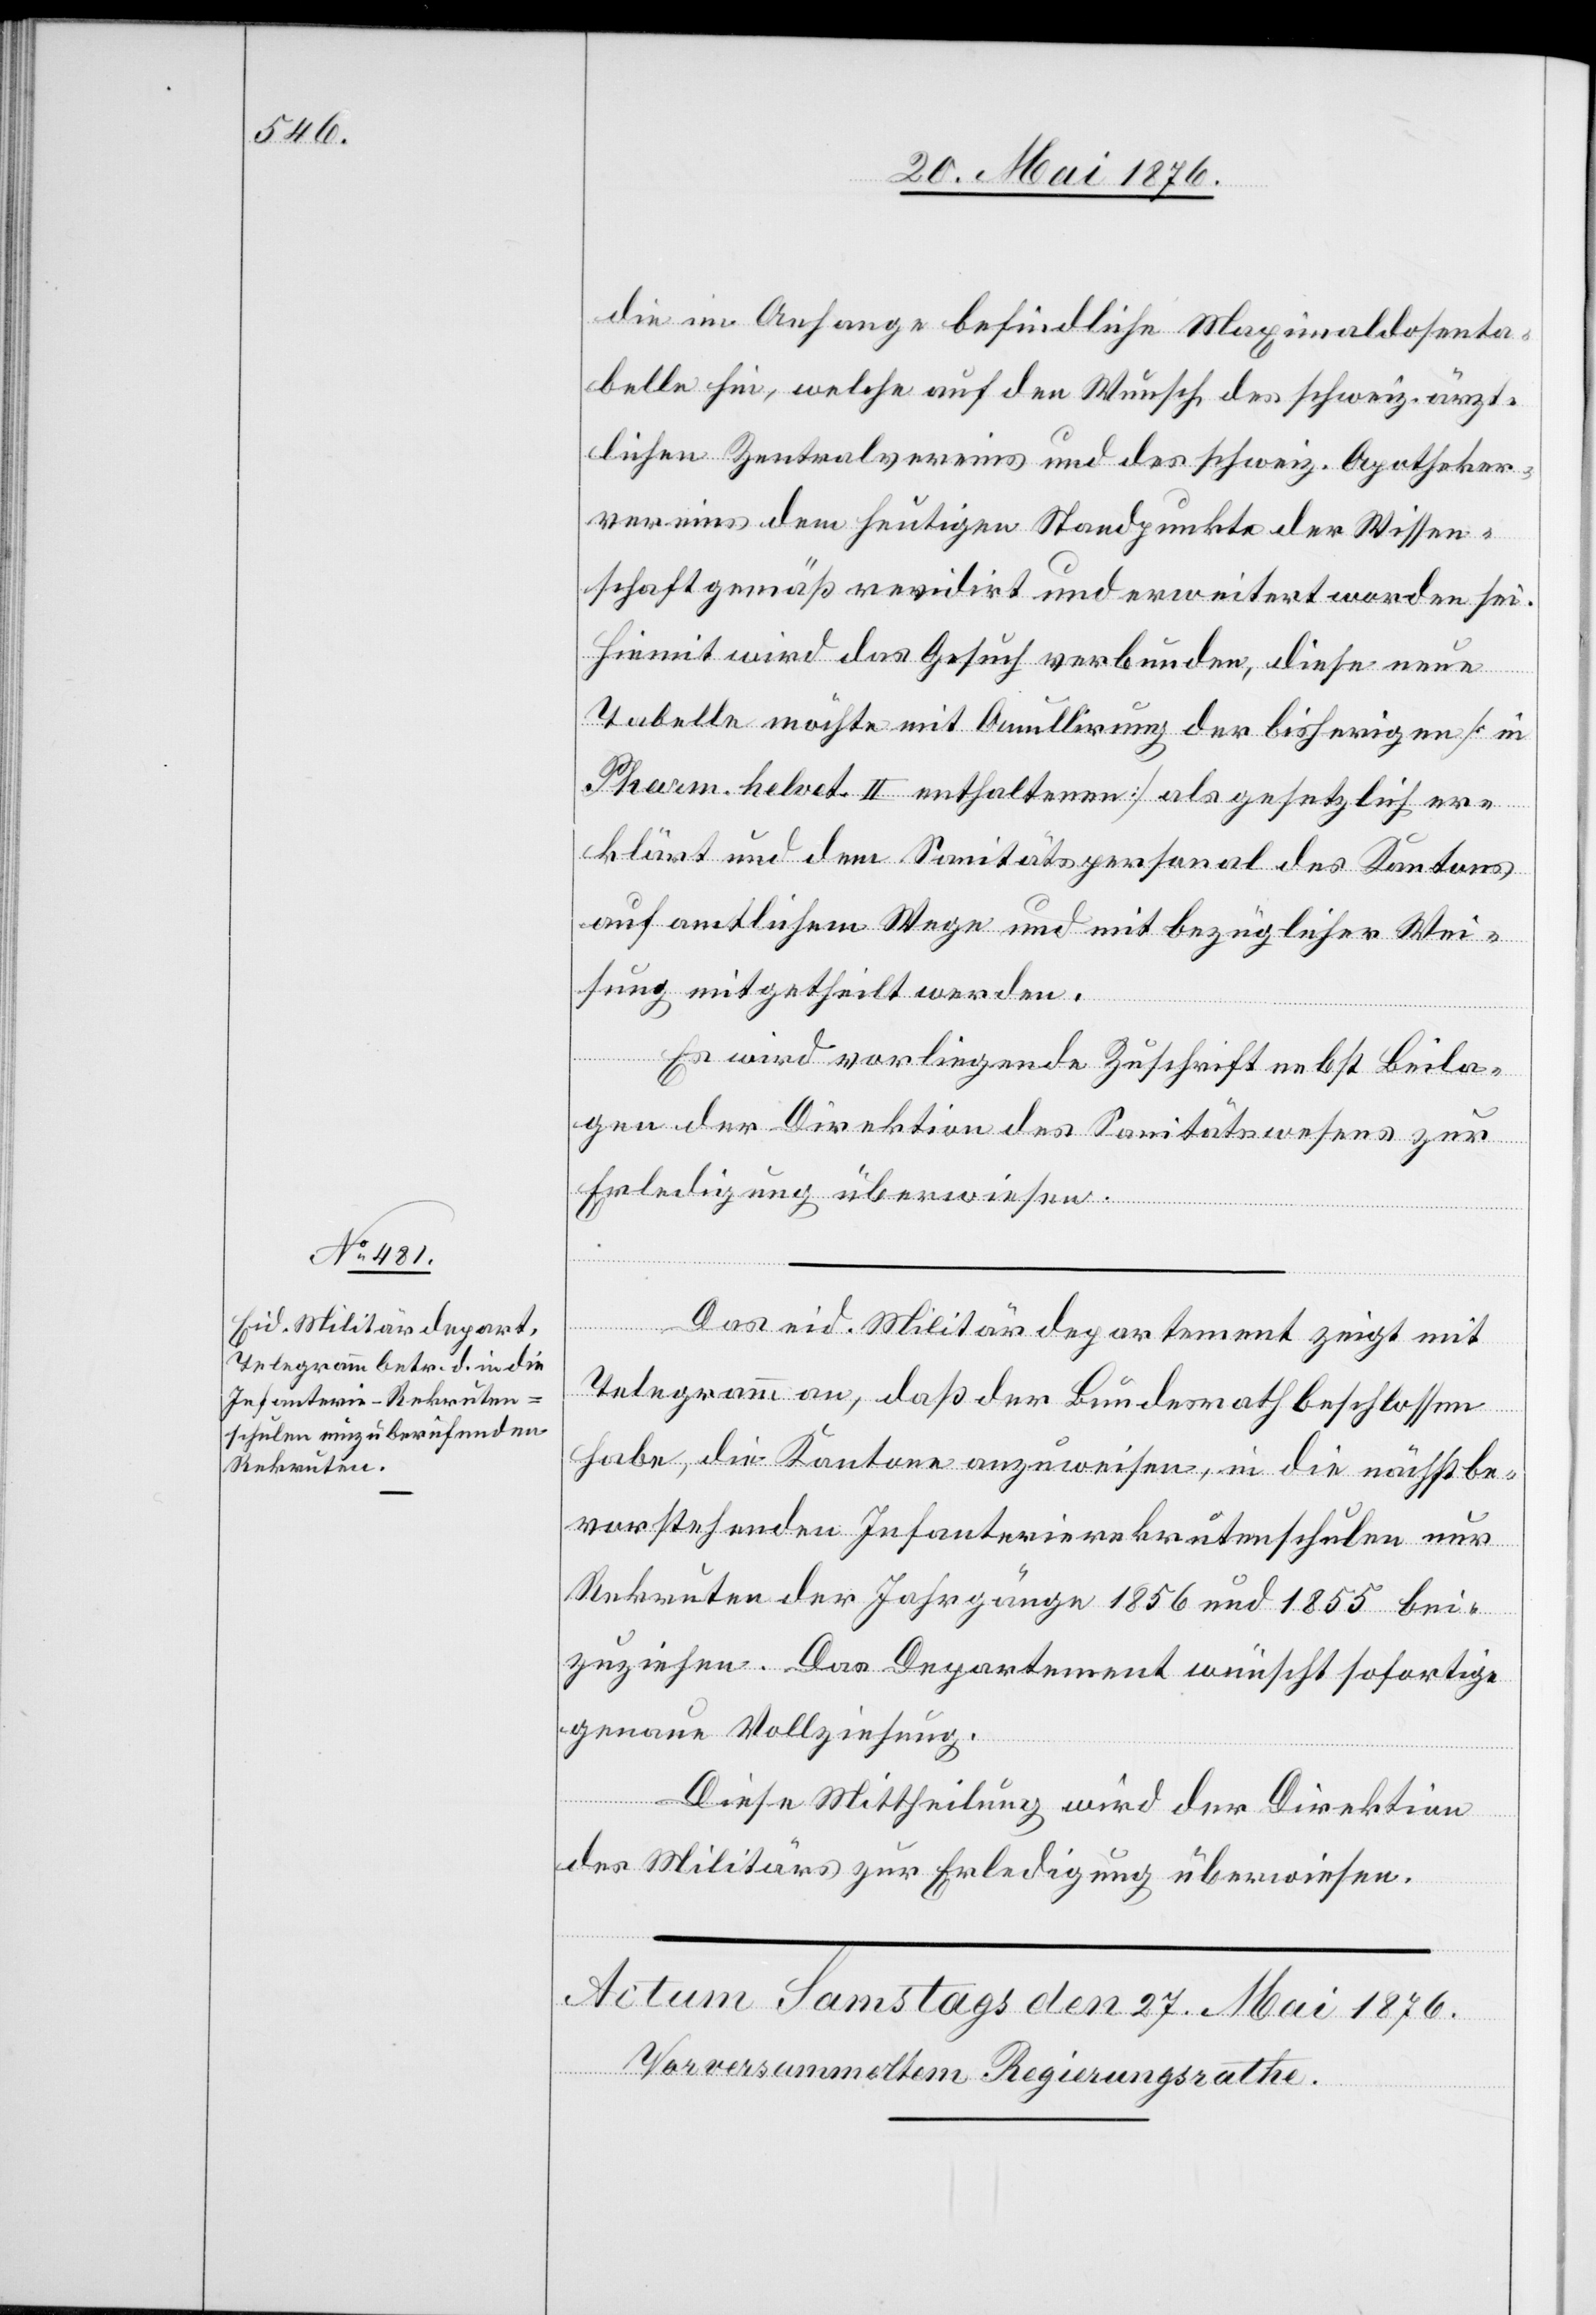
26. Mai 1876.]
die im Anfange befindliche Maximaldosenta¬
belle hin, welche auf den Wunsch des schweiz. ärzt¬
lichen Zentralvereins und des schweiz. Apotheker¬
vereins dem heutigen Standpunkte der Wissen¬
schaft gemäß revidirt und erweitert worden sei.
Hiemit wird das Gesuch verbunden, diese neue
Tabelle möchte mit Annullierung der bisherigen [in
Parm. helvet. II enthaltenen] als gesetzlich er¬
klärt und dem Sanitätspersonal des Kantons
auf amtlichem Wege und mit bezüglicher Wei¬
sung mitgetheilt werden.
Es wird vorliegende Zuschrift nebst Beila¬
gen der Direktion des Sanitätswesens zur
Erledigung überwiesen.
Das eid. Militärdepartement zeigt mit
Telegrammen, daß der Bundesrath beschlossen
habe, die Kantone anzuweisen, in die nächstbe¬
vorstehenden Infanterierekrutenschulen nur
Rekruten der Jahrgänge 1856 und 1855 bei¬
zuziehen. Das Departement wünscht sofortige
genaue Vollziehung.
Diese Mittheilung wird der Direktion
des Militärs zur Erledigung überwiesen.